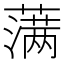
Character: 𮶷